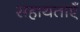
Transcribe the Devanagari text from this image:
सहायताएँ